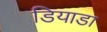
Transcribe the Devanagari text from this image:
डियाडा